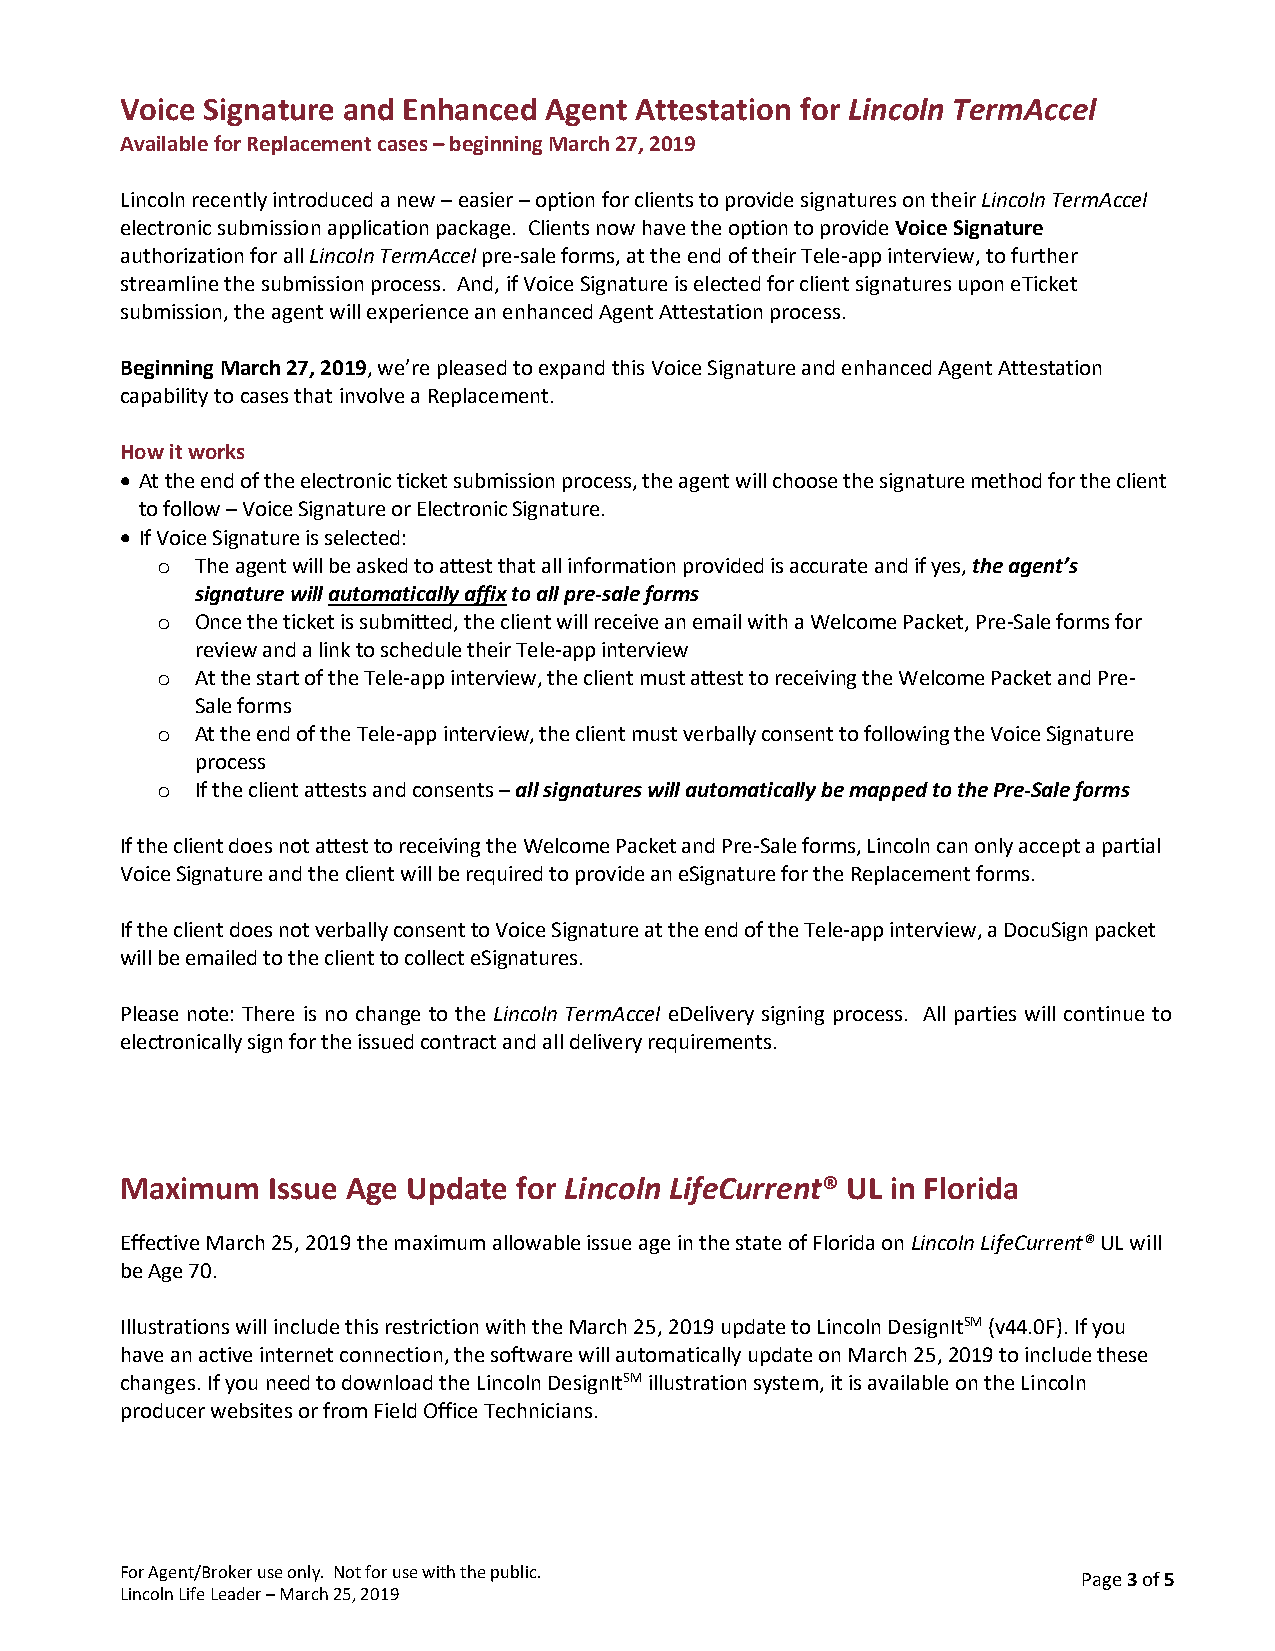
Voice Signature and Enhanced Agent Attestation for Lincoln TermAccel
 Available for Replacement cases – beginning March 27, 2019
 Lincoln recently introduced a new – easier – option for clients to provide signatures on their Lincoln TermAccel
 electronic submission application package. Clients now have the option to provide Voice Signature
 authorization for all Lincoln TermAccel pre-sale forms, at the end of their Tele-app interview, to further
 streamline the submission process. And, if Voice Signature is elected for client signatures upon eTicket
 submission, the agent will experience an enhanced Agent Attestation process.
 Beginning March 27, 2019, we’re pleased to expand this Voice Signature and enhanced Agent Attestation
 capability to cases that involve a Replacement.
 How it works
 • At the end of the electronic ticket submission process, the agent will choose the signature method for the client
 to follow – Voice Signature or Electronic Signature.
 • If Voice Signature is selected:
 The agent will be asked to attest that all information provided is accurate and if yes, the agent’s
 o
 signature will automatically affix to all pre-sale forms
 Once the ticket is submitted, the client will receive an email with a Welcome Packet, Pre-Sale forms for
 o
 review and a link to schedule their Tele-app interview
 At the start of the Tele-app interview, the client must attest to receiving the Welcome Packet and Pre-
 o
 Sale forms
 At the end of the Tele-app interview, the client must verbally consent to following the Voice Signature
 o
 process
 If the client attests and consents – all signatures will automatically be mapped to the Pre-Sale forms
 o
 If the client does not attest to receiving the Welcome Packet and Pre-Sale forms, Lincoln can only accept a partial
 Voice Signature and the client will be required to provide an eSignature for the Replacement forms.
 If the client does not verbally consent to Voice Signature at the end of the Tele-app interview, a DocuSign packet
 will be emailed to the client to collect eSignatures.
 Please note: There is no change to the Lincoln TermAccel eDelivery signing process. All parties will continue to
 electronically sign for the issued contract and all delivery requirements.
 Maximum   Issue Age Update for Lincoln LifeCurrent® UL in Florida
 Effective March 25, 2019 the maximum allowable issue age in the state of Florida on Lincoln LifeCurrent® UL will
 be Age 70.
 Illustrations will include this restriction with the March 25, 2019 update to Lincoln DesignItSM (v44.0F). If you
 have an active internet connection, the software will automatically update on March 25, 2019 to include these
 changes. If you need to download the Lincoln DesignItSM illustration system, it is available on the Lincoln
 producer websites or from Field Office Technicians.
 For Agent/Broker use only. Not for use with the public.
 Page 3 of 5
 Lincoln Life Leader – March 25, 2019